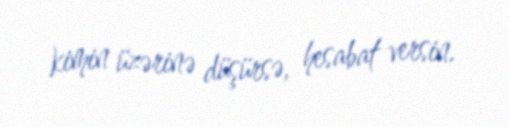
kimin üzərinə düşürsə, hesabat versin.